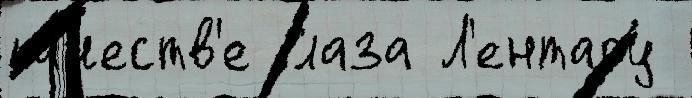
ка́честв'е Глаза Л'ентару